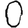
Digit: 0